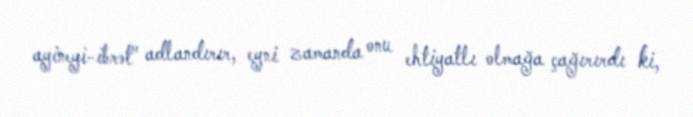
ayineyi-ibrət" adlandırır, eyni zamanda onu ehtiyatlı olmağa çağırırdı ki,